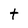
Character: t